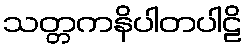
သတ္တကနိပါတပါဠိ